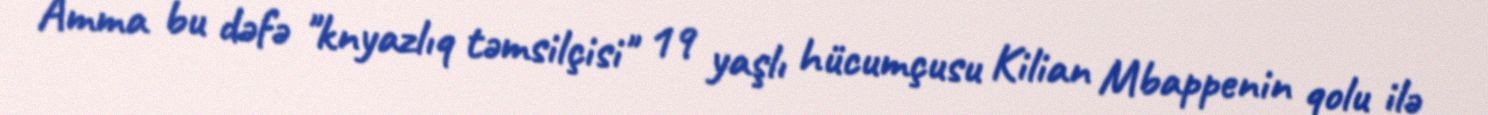
Amma bu dəfə "knyazlıq təmsilçisi" 19 yaşlı hücumçusu Kilian Mbappenin qolu ilə